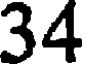
34